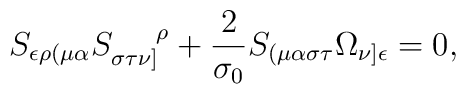
S_{\epsilon \rho ( \mu \alpha} S_{\sigma \tau \nu ] }^{~~~~\rho}    + \frac{2}{\sigma_{0}} S_{( \mu \alpha \sigma \tau} \Omega_{\nu ] \epsilon}    =0,